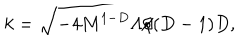
k = \sqrt { - 4 M ^ { 1 - D } \Lambda / ( D - 1 ) D } ,